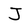
Character: J